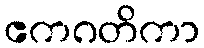
ဧကဂတိကာ